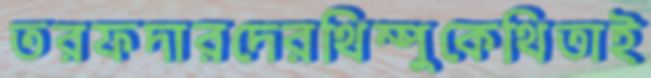
তরফদারদেরথিম্পুকেথিতাই